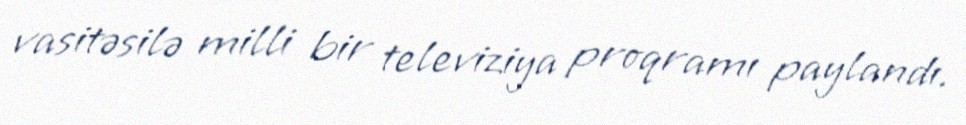
vasitəsilə milli bir televiziya proqramı paylandı.